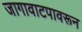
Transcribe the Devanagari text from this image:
जागावाटपावरून